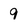
Character: 9